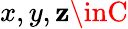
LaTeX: x,y,\mathbf{z}\inC